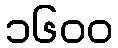
၁၆၀၀